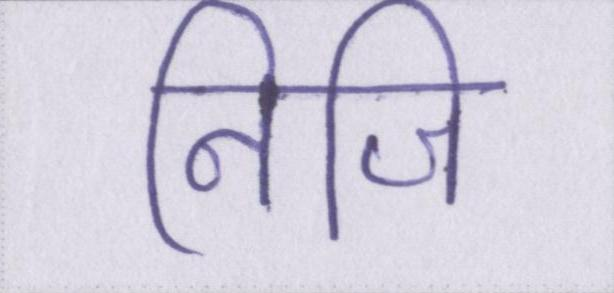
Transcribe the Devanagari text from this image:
निजि